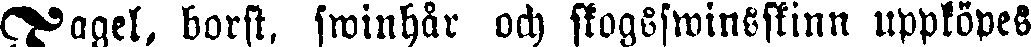
Tagel, borst, swinhår och skogsswineskinn uppköpts